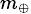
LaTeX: \scriptstyle m_{\oplus}